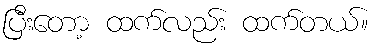
ပြီးတော့ ထက်လည်း ထက်တယ်။